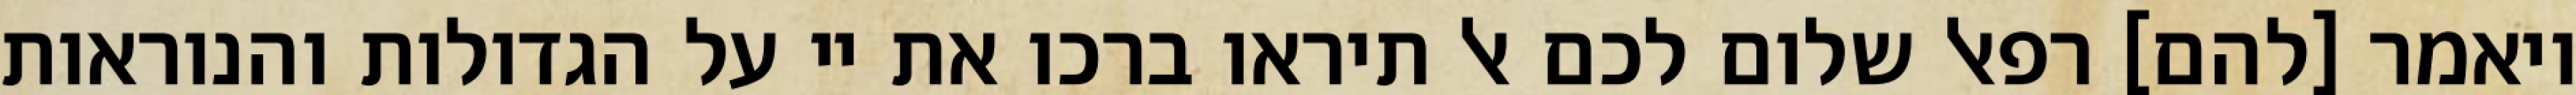
ויאמר [להם] רפאל שלום לכם אל תיראו ברכו את יי על הגדולות והנוראות